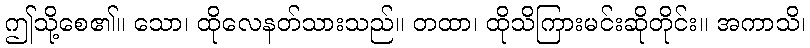
ဤသို့စေ၏။ သော၊ ထိုလေနတ်သားသည်။ တထာ၊ ထိုသိကြားမင်းဆိုတိုင်း။ အကာသိ၊